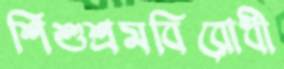
শিশুশ্রমবিরোধী